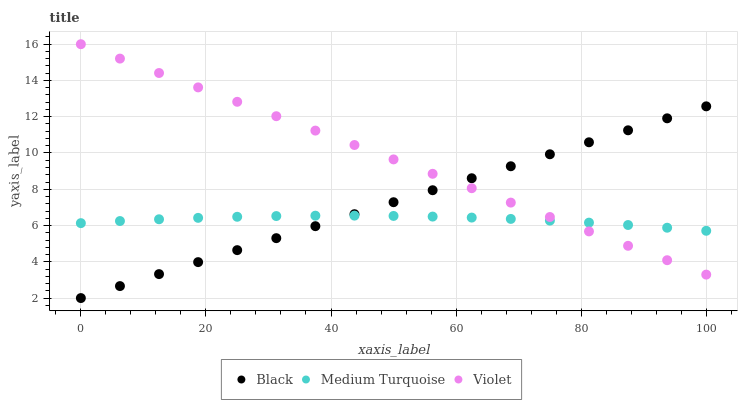
| xaxis_label | Black | Medium Turquoise | Violet |
 | --- | --- | --- | --- |
 | 0 | 2 | 6.13 | 16 |
 | 6.25 | 2.66 | 6.25 | 15.2 |
 | 12.5 | 3.32 | 6.35 | 14.4 |
 | 18.8 | 3.98 | 6.42 | 13.6 |
 | 25 | 4.64 | 6.48 | 12.8 |
 | 31.2 | 5.3 | 6.52 | 12 |
 | 37.5 | 5.97 | 6.54 | 11.2 |
 | 43.8 | 6.63 | 6.55 | 10.4 |
 | 50 | 7.29 | 6.53 | 9.65 |
 | 56.2 | 7.95 | 6.49 | 8.85 |
 | 62.5 | 8.61 | 6.44 | 8.06 |
 | 68.8 | 9.27 | 6.36 | 7.26 |
 | 75 | 9.93 | 6.27 | 6.47 |
 | 81.2 | 10.6 | 6.16 | 5.68 |
 | 87.5 | 11.3 | 6.03 | 4.88 |
 | 93.8 | 11.9 | 5.88 | 4.09 |
 | 100 | 12.6 | 5.71 | 3.29 |